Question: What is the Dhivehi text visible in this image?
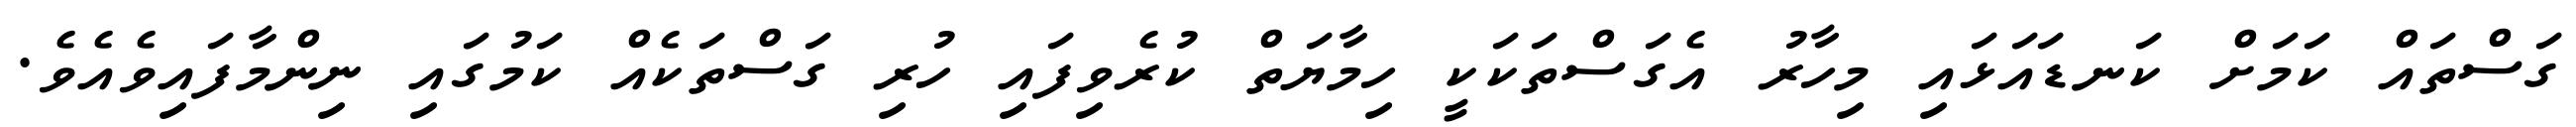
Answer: ގަސްތައް ކަމަށް ކަނޑައަޅައި މިހާރު އެގަސްތަކަކީ ހިމާޔަތް ކުރެވިފައި ހުރި ގަސްތަކެއް ކަމުގައި ނިންމާފައިވެއެވެ.